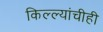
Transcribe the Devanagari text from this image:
किल्ल्यांचीही